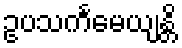
ဥပသင်္ကမေယျန္တိ